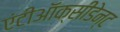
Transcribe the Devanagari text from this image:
एंटीऑक्सीडेन्ट